Annual administration report of the Civil Veterinary Department of India - 1896-1897
Year: 1896
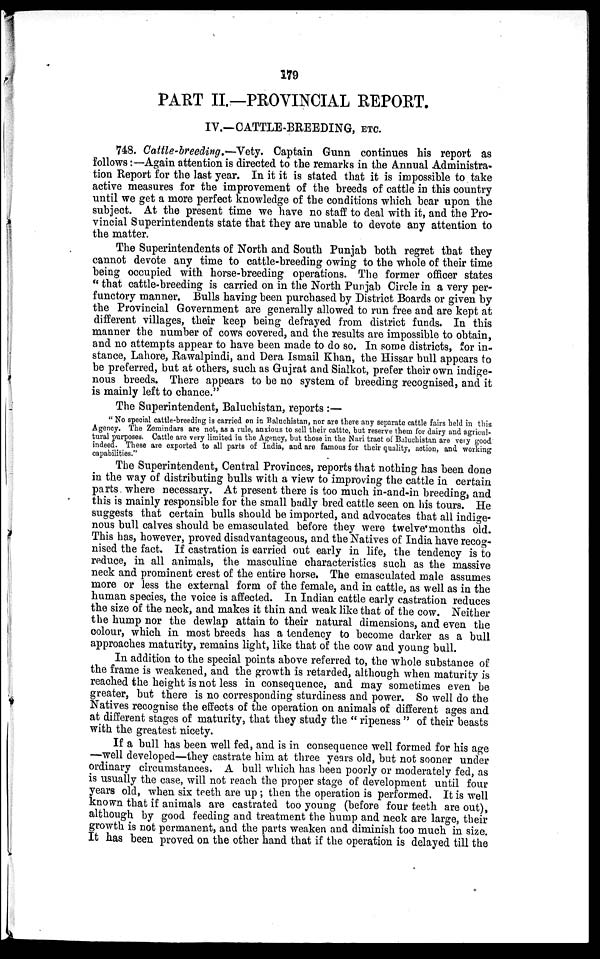
179
PART II.—PROVINCIAL REPORT.
IV.—CATTLE-BREEDING, ETC.
748. Cattle-breeding.—Vety.
Captain Gunn continues his report as
follows:—Again attention is directed to the remarks in the Annual Administra-
tion Report for the last year. In it it is stated that it is impossible to take
active measures for the improvement of the breeds of cattle in this country
until we get a more perfect knowledge of the conditions which bear upon the
subject. At the present time we have no staff to deal with it, and the Pro-
vincial Superintendents state that they are unable to devote any attention to
the matter.
The Superintendents of North and South Punjab both regret that they
cannot devote any time to cattle-breeding owing to the whole of their time
being occupied with horse-breeding operations. The former officer states
"that cattle-breeding is carried on in the North Punjab Circle in a very per-
functory manner. Bulls having been purchased by District Boards or given by
the Provincial Government are generally allowed to run free and are kept at
different villages, their keep being defrayed from district funds. In this
manner the number of cows covered, and the results are impossible to obtain,
and no attempts appear to have been made to do so. In some districts, for in-
stance, Lahore, Rawalpindi, and Dera Ismail Khan, the Hissar bull appears to
be preferred, but at others, such as Gujrat and Sialkot, prefer their own indige-
nous breeds. There appears to be no system of breeding recognised, and it
is mainly left to chance."
The Superintendent, Baluchistan, reports:—
"No special cattle-breeding is carried on in Baluchistan, nor are there any separate cattle fairs held in this
Agency. The Zemindars are not, as a rule, anxious to sell their cattto, but reserve them for dairy and agricul-
tural purposes. Cattle are very limited in the Agency, but those in the Nari tract of Baluchistan are very good
indeed. These are exported to all parts of India, and are famous for their quality, action, and working
capabilities."
The Superintendent, Central Provinces, reports that nothing has been done
in the way of distributing bulls with a view to improving the cattle in certain
parts where necessary. At present there is too much in-and-in breeding, and
this is mainly responsible for the small badly bred cattle seen on his tours. He
suggests that certain bulls should be imported, and advocates that all indige-
nous bull calves should be emasculated before they were twelve months old.
This has, however, proved disadvantageous, and the Natives of India have recog-
nised the fact. If castration is carried out early in life, the tendency is to
reduce, in all animals, the masculine characteristics such as the massive
neck and prominent crest of the entire horse. The emasculated male assumes
more or less the external form of the female, and in cattle, as well as in the
human species, the voice is affected. In Indian cattle early castration reduces
the size of the neck, and makes it thin and weak like that of the cow. Neither
the hump nor the dewlap attain to their natural dimensions, and even the
colour, which in most breeds has a tendency to become darker as a bull
approaches maturity, remains light, like that of the cow and young bull.
In addition to the special points above referred to, the whole substance of
the frame is weakened, and the growth is retarded, although when maturity is
reached the height is not less in consequence, and may sometimes even be
greater, but there is no corresponding sturdiness and power. So well do the
Natives recognise the effects of the operation on animals of different ages and
at different stages of maturity, that they study the " ripeness " of their beasts
with the greatest nicety.
If a bull has been well fed, and is in consequence well formed for his age
—well developed—they castrate him at three years old, but not sooner under
ordinary circumstances. A bull which has been poorly or moderately fed, as
is usually the case, will not reach the proper stage of development until four
years old, when six teeth are up; then the operation is performed. It is well
known that if animals are castrated too young (before four teeth are out),
although by good feeding and treatment the hump and neck are large, their
growth is not permanent, and the parts weaken and diminish too much in size.
It has been proved on the other hand that if the operation is delayed till the